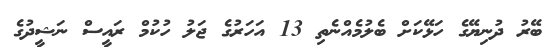
ބޭރު ދުނިޔޭގެ ހަޅޭކަށް ބެލުމެއްނެތި 13 އަހަރުގެ ޖަލު ހުކުމް ރައީސް ނަޝީދުގެ